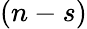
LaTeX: (n-s)